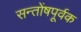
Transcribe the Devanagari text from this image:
सन्तोंषपूर्वक